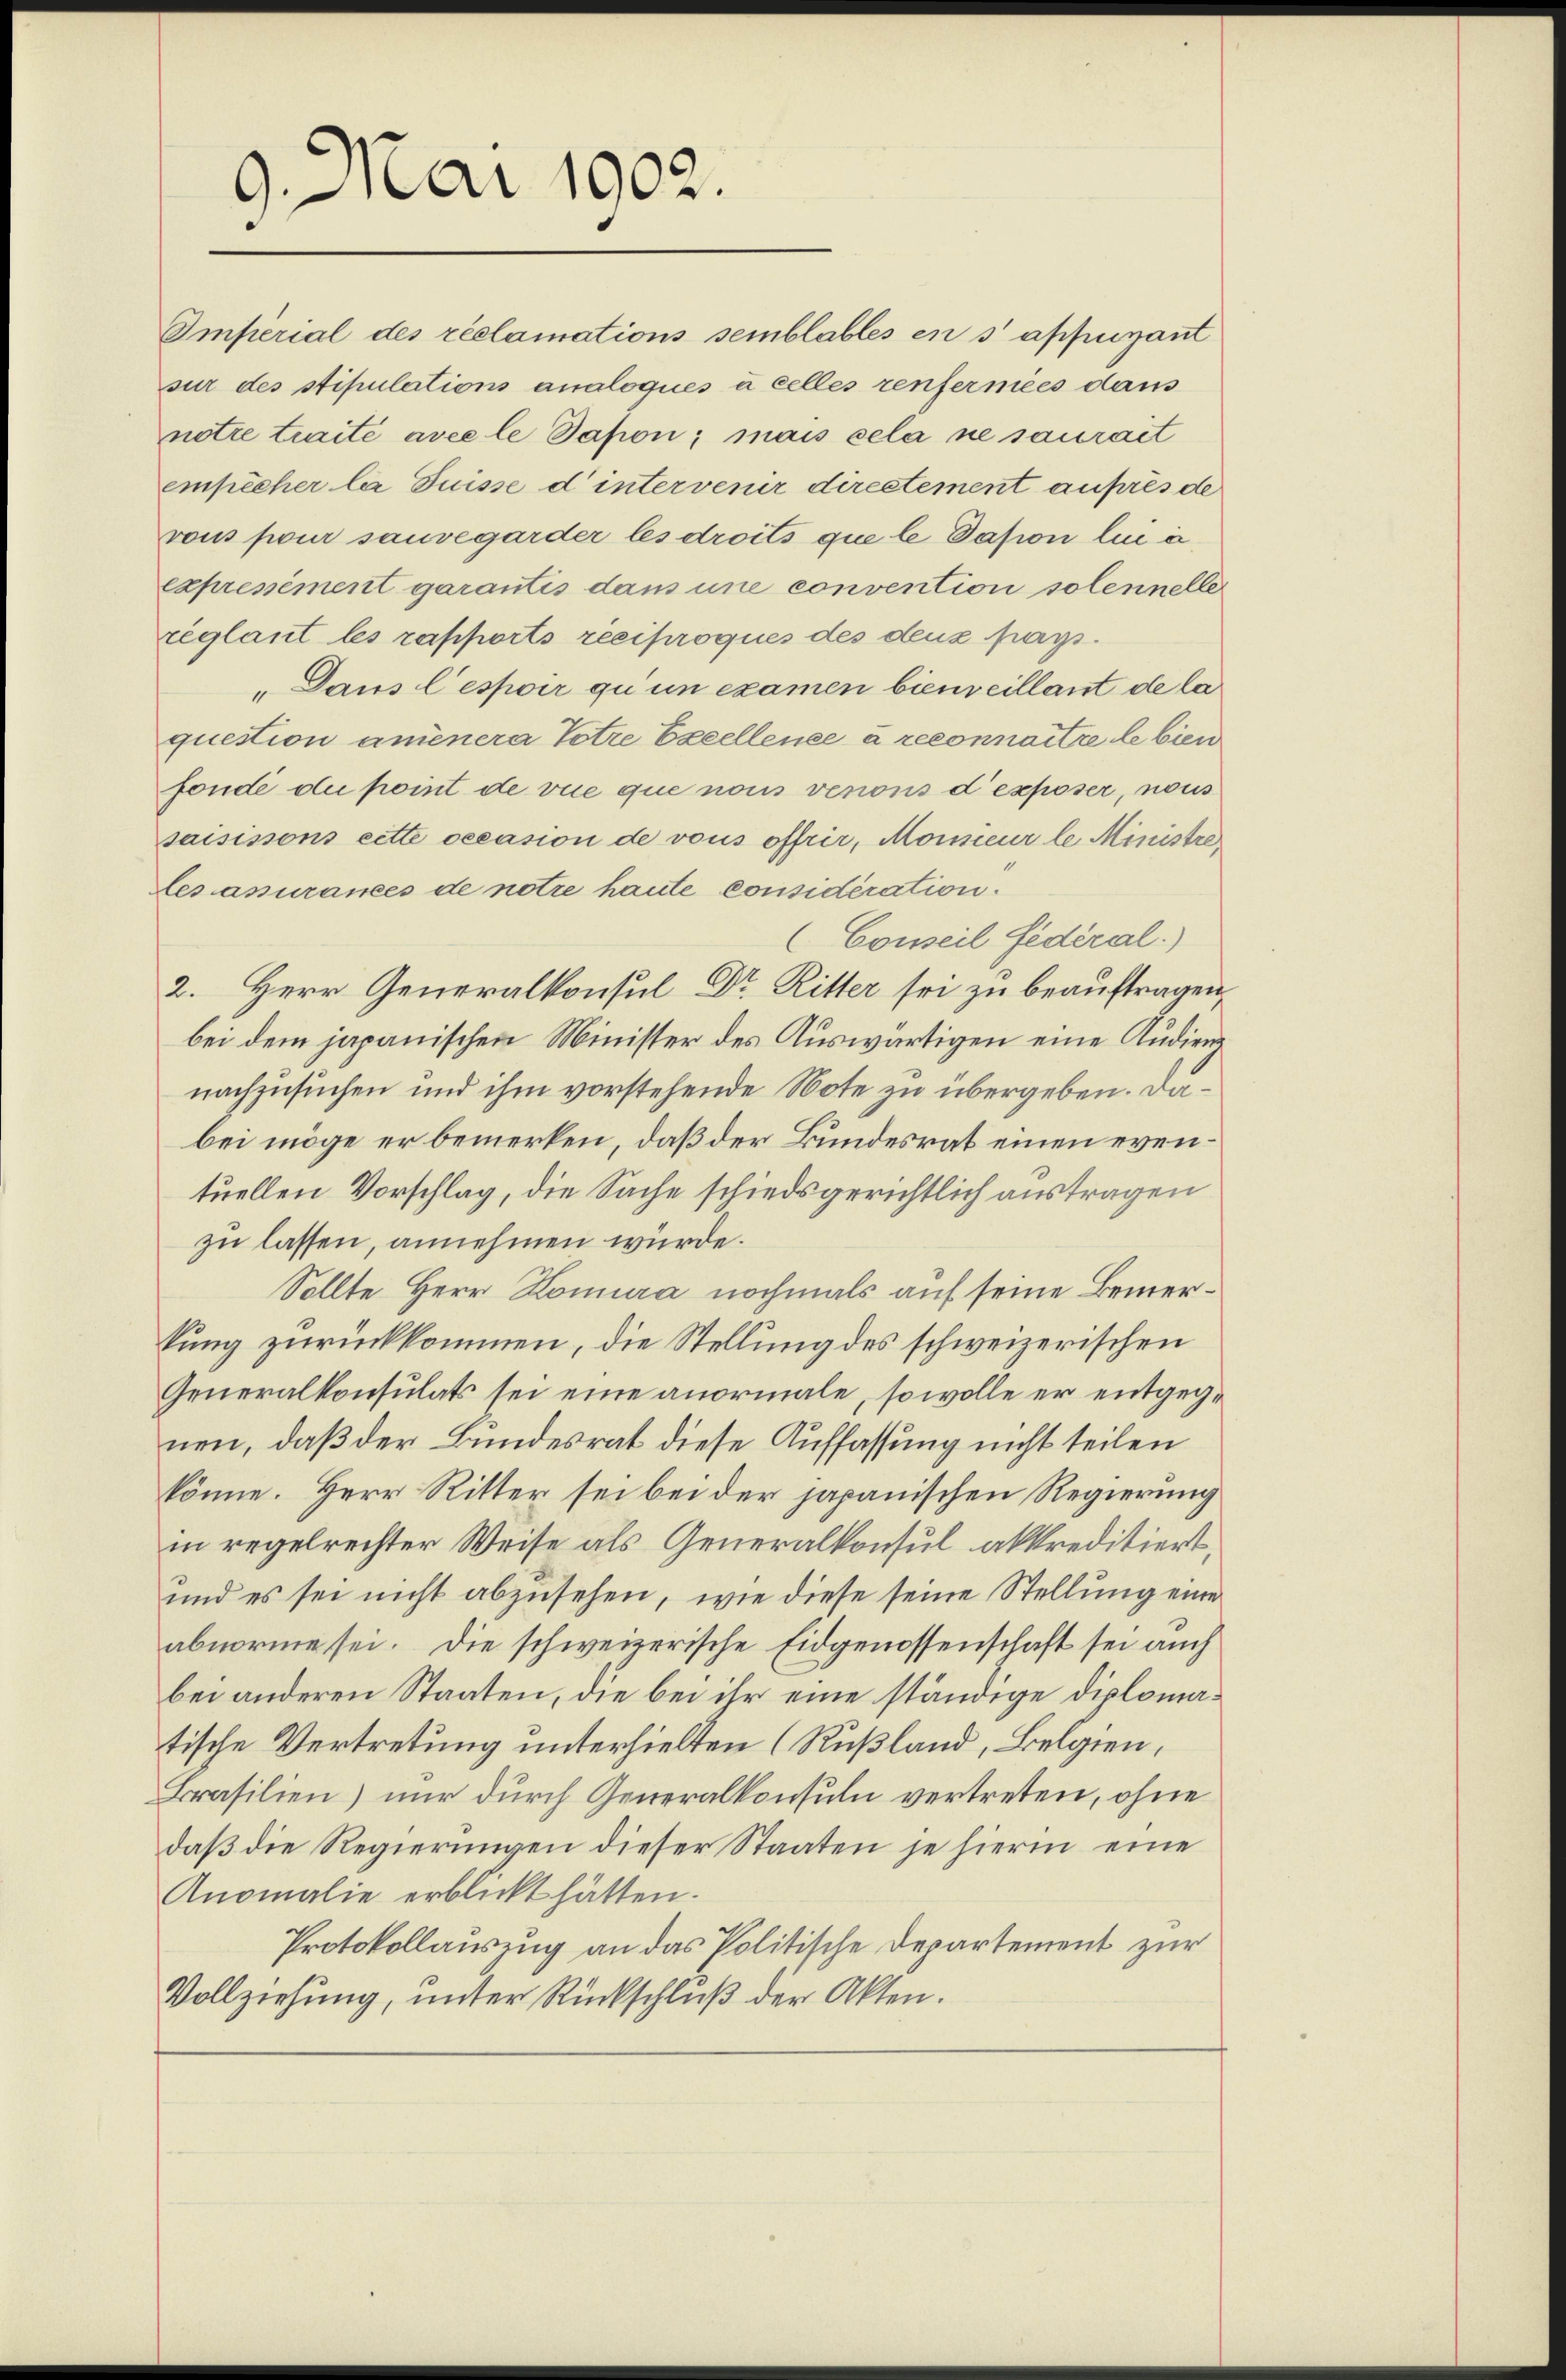
Car 1902.

Amperial des réclamations semblables en sappirant
sur des stipulations analoqués à celles renfermées dans
notre traité avec le Dapon; mais sela ne saurait
empêcher la Suisse d’intervenir directement auprès de
vous pour sauvegarder les droits que le dasion lin i
expressément garantis dans une convention solennelle
réglant les rapports réciproques des deux pays.
„Dans lespoir qu un examen bienseillant de la
question anienera Totre Excellence à reconnaitre le bien
fonde du point de vue que nous venons d’exposer, nous
saisissons cette occasion de vous offrir, Monsieur le Ministre
Tesassurances de notre haute considération.
(Conseil fédéral.)
2. Herr Generalkonsul Dr Ritter sei zu beauftragen,
bei dem japanischen Minister des Auswärtigen eine Audienz
nachzusuchen und ihm vorstehende Note zu übergeben. Dabei möge er bemerken, daß der Bundesrat einen eventuellen Vorschlag, die Sache schiedsgerichtlich austragen
zu lassen, annehmen würde.
Sollte Herr Komura nochmals auf seine Bemerkung zurückkommen, die Stellung des schweizerischen
Generalkonsulats sei eine anormale, so wolle er entgegenen, daß der Bundesrat diese Auffassung nicht teilen
könne. Herr Ritter sei bei der japanischen Regierung
in regelrechter Weise als Generalkonsul akkreditiert,
und es sei nicht abzusehen, wie diese seine Stellung eine
abnorme sei. Die schweizerische Eidgenossenschaft sei auch
bei anderen Staaten, die bei ihr eine ständige Diplomatische Vertretung unterhielten (Rußland, Belgien,
Brasilien) nur durch Generalkonsuln vertreten, ohne
daß die Regierungen dieser Staaten je hierin eine
Anomalie erblickt hätten.
Protokollauszug an das Politische Departement zur
Vollziehung, unter Rückschluß der Akten.